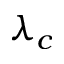
\lambda _ { c }